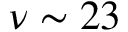
\nu \sim 2 3